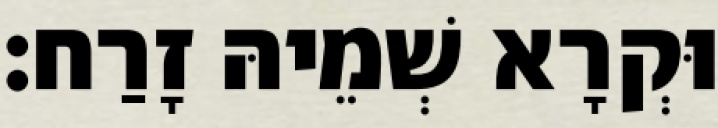
וּקְרָא שְׁמֵיהּ זָרַח׃